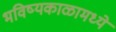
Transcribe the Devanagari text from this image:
भविष्यकाळामध्ये